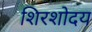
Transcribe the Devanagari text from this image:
शिरशोदय